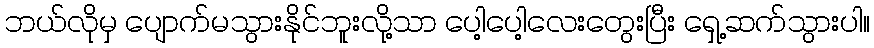
ဘယ်လိုမှ ပျောက်မသွားနိုင်ဘူးလို့သာ ပေါ့ပေါ့လေးတွေးပြီး ရှေ့ဆက်သွားပါ။